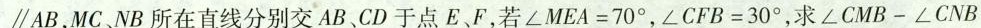
\parallel AB，MC NB所在直线分别交AB、CD于点E、F，若∠MEA=70°，∠CFB=30°，求∠CMB-∠CNB